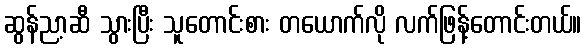
ဆွန်ညာ့ဆီ သွားပြီး သူတောင်းစား တယောက်လို လက်ဖြန့်တောင်းတယ်။